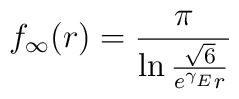
f _{\infty} (r) = \frac{\pi}{\ln \frac{\sqrt{6}}{e ^{\gamma _E} r}}